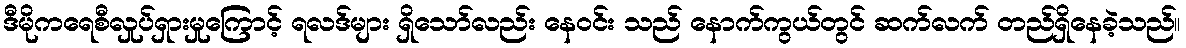
ဒီမိုကရေစီလှုပ်ရှားမှုကြောင့် ရလဒ်များ ရှိသော်လည်း နေဝင်း သည် နောက်ကွယ်တွင် ဆက်လက် တည်ရှိနေခဲ့သည်။